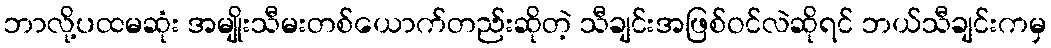
ဘာလို့ပထမဆုံး အမျိုးသီမးတစ်ယောက်တည်းဆိုတဲ့ သီချင်းအဖြစ်ဝင်လဲဆိုရင် ဘယ်သီချင်းကမှ